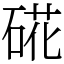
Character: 硴